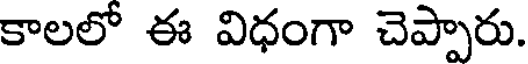
కాలలో ఈ విధంగా చెప్పారు.